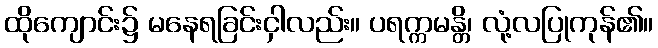
ထိုကျောင်း၌ မနေရခြင်းငှါလည်း။ ပရက္ကမန္တိ၊ လုံ့လပြုကုန်၏။